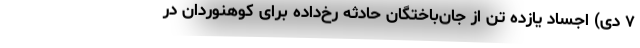
۷ دی) اجساد یازده تن از جان‌باختگان حادثه رخ‌داده برای کوهنوردان در